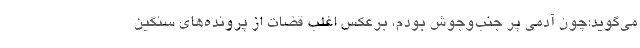
می‌گوید:چون آدمی پر جنب‌وجوش بودم، برعکس اغلب قضات از پرونده‌های سنگین